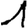
Digit: 1